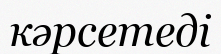
кәрсетеді